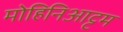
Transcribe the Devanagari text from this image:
मोहिनिआट्टम